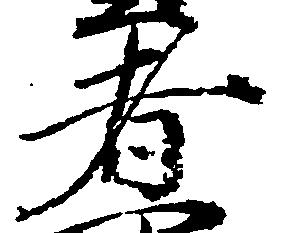
者